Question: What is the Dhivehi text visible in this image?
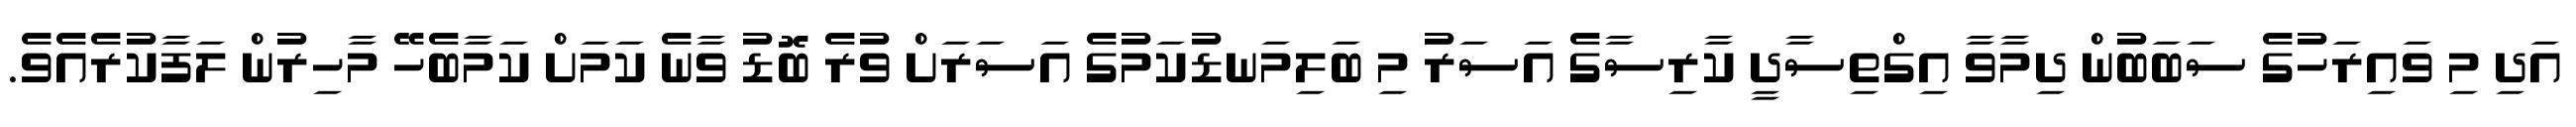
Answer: އަދި މި ވައިރަހުގެ ސަބަބުން ދިމާވާ އިގްތިސާދީ ކާރިސާގެ އަސަރު މި ބަލިމަނޑުކަމުގެ އަސަރަށް ވުރެ ބޮޑު ވާނެ ކަމަށް ކަމާބެހޭ މާހިރުން ލަފާކުރެއެވެ.